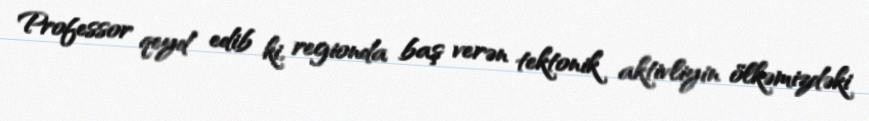
Professor qeyd edib ki, regionda baş verən tektonik aktivliyin ölkəmizdəki